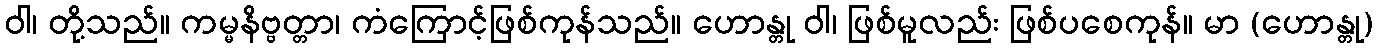
ဝါ၊ တို့သည်။ ကမ္မနိဗ္ဗတ္တာ၊ ကံကြောင့်ဖြစ်ကုန်သည်။ ဟောန္တု ဝါ၊ ဖြစ်မူလည်း ဖြစ်ပစေကုန်။ မာ (ဟောန္တု)